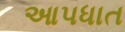
આપધાત